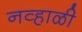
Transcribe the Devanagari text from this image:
नव्हाळी